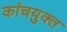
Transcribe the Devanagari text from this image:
कांचयुक्त